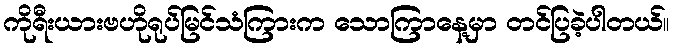
ကိုရီးယားဗဟိုရုပ်မြင်သံကြားက သောကြာနေ့မှာ တင်ပြခဲ့ပါတယ်။